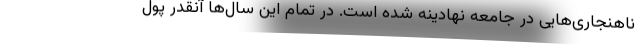
ناهنجاری‌هایی در جامعه نهادینه شده است. در تمام این سال‌ها آنقدر پول